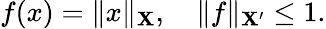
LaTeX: f(x)=\| x\| _{\mathbf{X}},\quad\| f\| _{\mathbf{X}^{\prime}}\leq1.